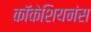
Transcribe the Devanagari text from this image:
कॉकेशियनंस